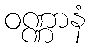
ဝဏ္ဏာနံ